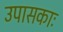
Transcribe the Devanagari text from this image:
उपासकाः